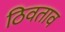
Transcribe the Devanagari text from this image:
ठिवताव